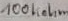
Text: 100Kohm